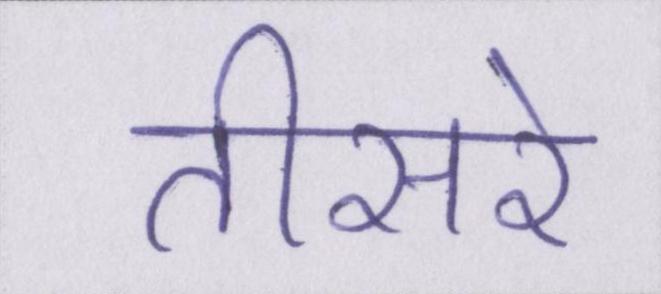
तीसरे